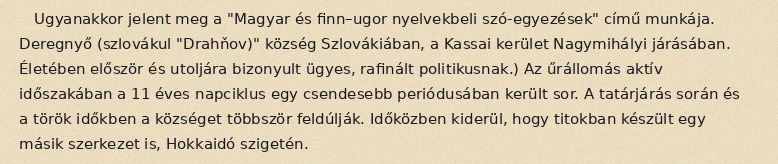
Ugyanakkor jelent meg a "Magyar és finn–ugor nyelvekbeli szó-egyezések" című munkája. Deregnyő (szlovákul "Drahňov)" község Szlovákiában, a Kassai kerület Nagymihályi járásában. Életében először és utoljára bizonyult ügyes, rafinált politikusnak.) Az űrállomás aktív időszakában a 11 éves napciklus egy csendesebb periódusában került sor. A tatárjárás során és a török időkben a községet többször feldúlják. Időközben kiderül, hogy titokban készült egy másik szerkezet is, Hokkaidó szigetén.